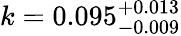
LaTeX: k=0.095_{-0.009}^{+0.013}